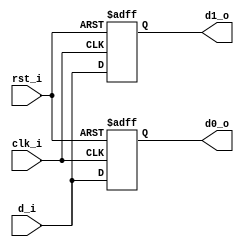
/////////////////////////////////////////
//  Functionality: Two FFs share a differential pair of reset. One is controlled by an inversion of the reset, while the other is controlled by the original reset. This is useful to validate 
//                 - reset signal to drive LUT from global network
//                 - reset signal generated by internal programmable resources
////////////////////////////////////////
`timescale 1ns / 1ps

module two_dff_inv_rst(
  clk_i,
  rst_i,
  d_i,
  d0_o, d1_o);
input wire clk_i;
input wire rst_i;
input wire d_i;
output reg d0_o;
output reg d1_o;

wire int_rst;

assign int_rst = ~rst_i;

always @(posedge clk_i or posedge rst_i) begin
  if (rst_i) begin
    d0_o <= 0;
  end else begin
    d0_o <= d_i;
  end
end

always @(posedge clk_i or posedge int_rst) begin
  if (int_rst) begin
    d1_o <= 0;
  end else begin
    d1_o <= d_i;
  end
end


endmodule